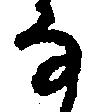
な